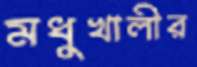
মধুখালীর